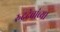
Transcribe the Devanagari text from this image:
रुद्रदेवांच्या